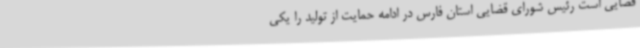
قضایی است رئیس شورای قضایی استان فارس در ادامه حمایت از تولید را یکی